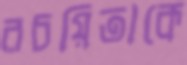
রচয়িতাকে